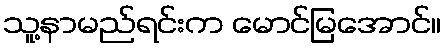
သူ့နာမည်ရင်းက မောင်မြအောင်။